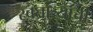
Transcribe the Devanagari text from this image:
स्वतांत्र्याची